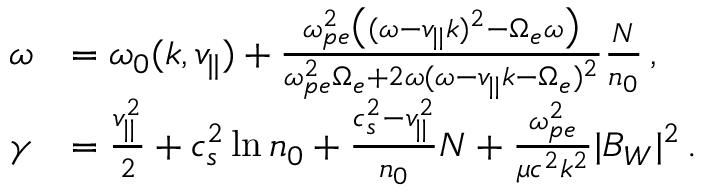
\begin{array} { r l } { \omega } & { = \omega _ { 0 } ( k , v _ { | | } ) + \frac { \omega _ { p e } ^ { 2 } \big ( ( \omega - v _ { | | } k ) ^ { 2 } - \Omega _ { e } \omega \big ) } { \omega _ { p e } ^ { 2 } \Omega _ { e } + 2 \omega ( \omega - v _ { | | } k - \Omega _ { e } ) ^ { 2 } } \frac { N } { n _ { 0 } } \, , } \\ { \gamma } & { = \frac { v _ { | | } ^ { 2 } } { 2 } + c _ { s } ^ { 2 } \ln n _ { 0 } + \frac { c _ { s } ^ { 2 } - v _ { | | } ^ { 2 } } { n _ { 0 } } N + \frac { \omega _ { p e } ^ { 2 } } { \mu c ^ { 2 } k ^ { 2 } } | B _ { W } | ^ { 2 } \, . } \end{array}